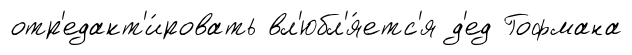
отр'едакт'и́ровать вл'юбл'я́етс'я д'ед Гофмана